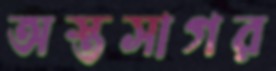
অস্তসাগর